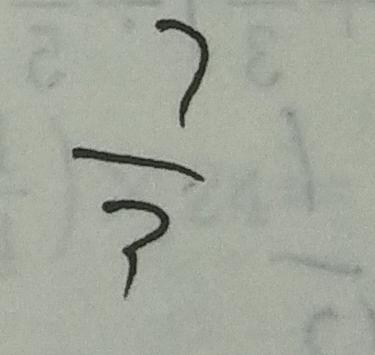
\frac { 7 } { 3 }